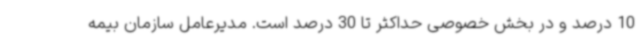
10 درصد و در بخش خصوصی حداکثر تا 30 درصد است. مدیرعامل سازمان بیمه